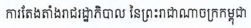
ការតែងតាំងរាជរដ្ឋាភិបាល នៃព្រះរាជាណាចក្រកម្ពុជា